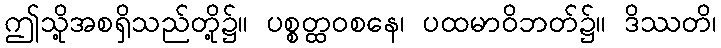
ဤသို့အစရှိသည်တို့၌။ ပစ္စတ္ထဝစနေ၊ ပထမာဝိဘတ်၌။ ဒိဿတိ၊